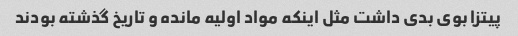
پیتزا بوی بدی داشت مثل اینکه مواد اولیه مانده و تاریخ گذشته بودند